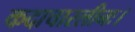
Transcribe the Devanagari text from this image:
कदाचारलीनः।